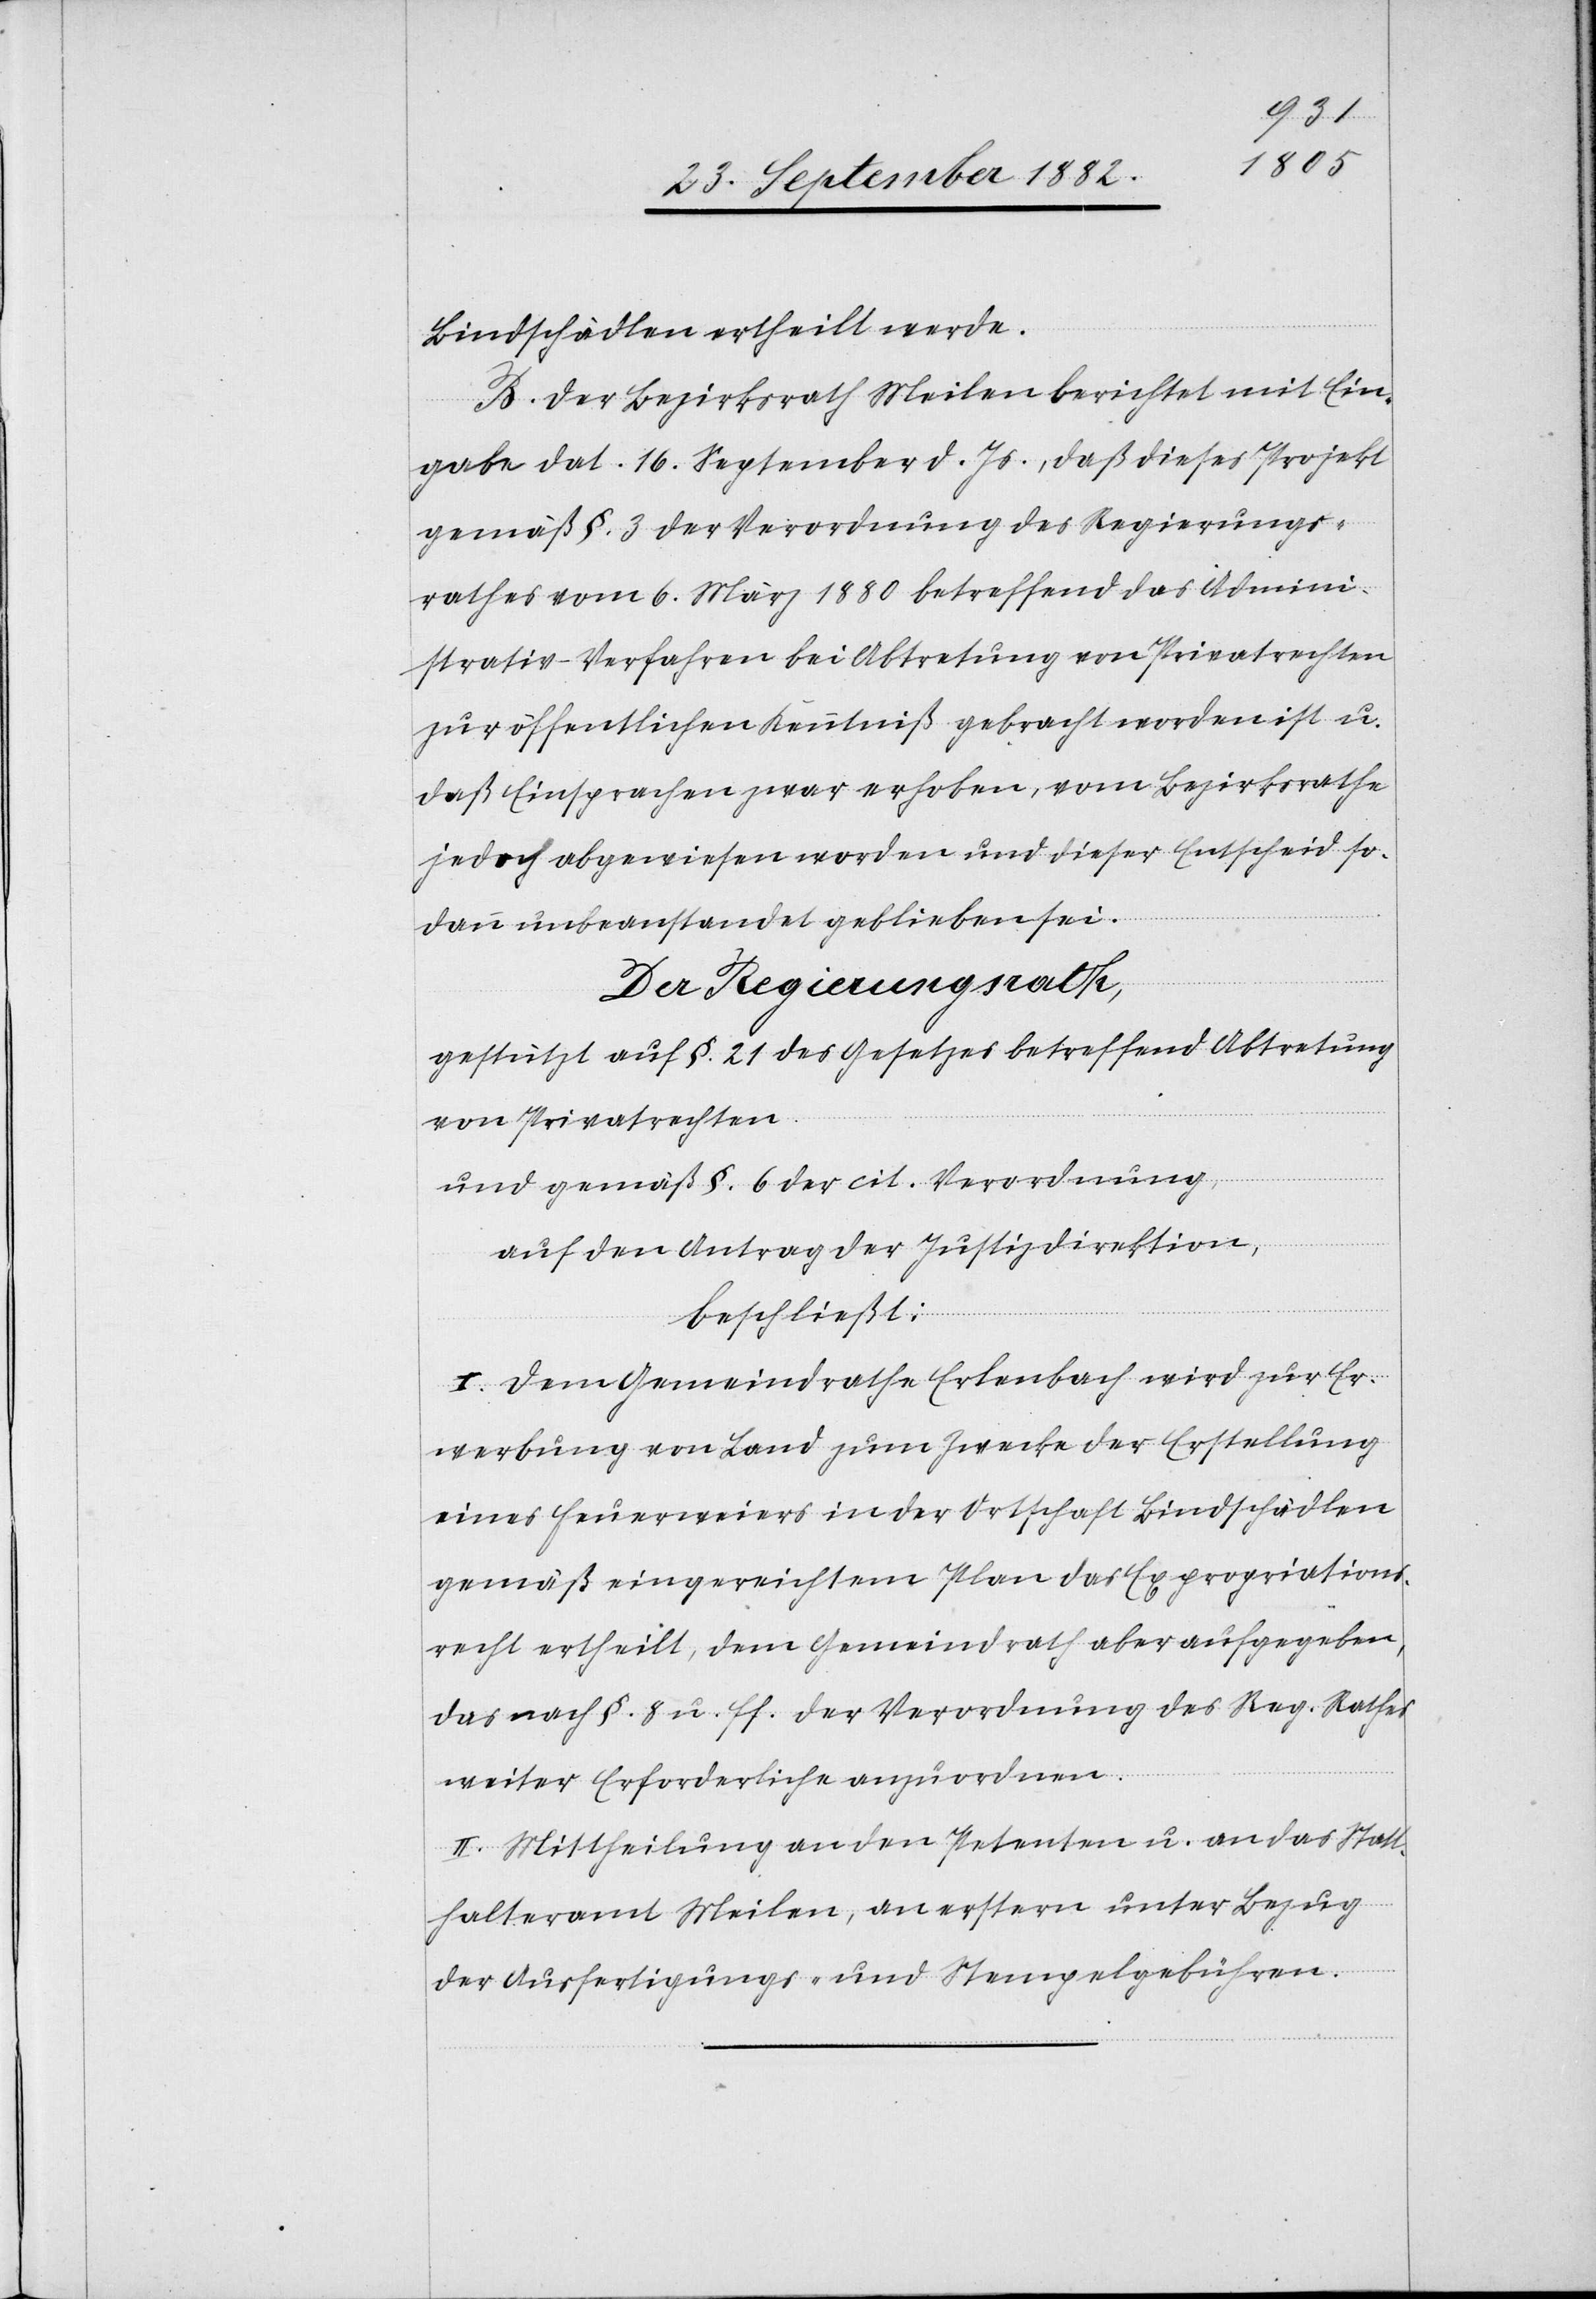
Bindschädlen ertheilt werde.
B. Der Bezirksrath Meilen berichtet mit Ein¬
gabe dat. 16. September d. Js., daß dieses Projekt
gemäß §. 3 der Verordnung des Regierungs¬
rathes vom 6. März 1880 betreffend das Admini¬
strativ-Verfahren bei Abtretung von Privatrechten
zur öffentlichen Kenntniß gebracht worden ist u.
daß Einsprachen zwar erhoben, vom Bezirksrathe
dann unbeanstandet geblieben sei.
Der Regierungsrath,
gestützt auf §. 21 des Gesetzes betreffend Abtretung
von Privatrechten,
so¬
und gemäß §. 6 der cit. Verordnung
auf den Antrag der Justizdirektion,
dieser
beschließt:
I. Dem Gemeindrathe Erlenbach wird zur Er¬
werbung von Land zum Zwecke der Erstellung
eines Feuerweiers in der Ortschaft Bindschädlen
gemäß eingereichtem Plan das Expropriations¬
recht ertheilt, dem Gemeindrath aber aufgegeben,
das nach §. 8 u. ff. der Verordnung des Reg. Rathes
weiter Erforderliche anzuordnen.
II. Mittheilung an den Petenten u. an das Statt¬
halteramt Meilen, an erstere unter Bezug
der Ausfertigungs- und Stempelgebühren.